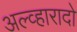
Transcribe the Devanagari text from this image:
अल्व्हारादो